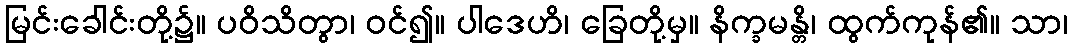
မြင်းခေါင်းတို့၌။ ပဝိသိတွာ၊ ဝင်၍။ ပါဒေဟိ၊ ခြေတို့မှ။ နိက္ခမန္တိ၊ ထွက်ကုန်၏။ သာ၊